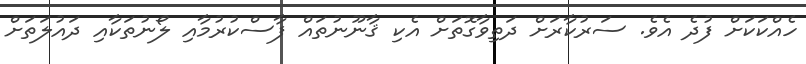
ހެއްކަކަށް ފުދެ އެވެ. ސަރުކާރަށް ދަތިވާގޮތަށް އެކި ޤާނޫނުތައް ފާސްކުރުމާއި ލޯނުތަކާއި ދައުލަތަށް